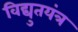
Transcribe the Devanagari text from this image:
विद्युतयंत्र